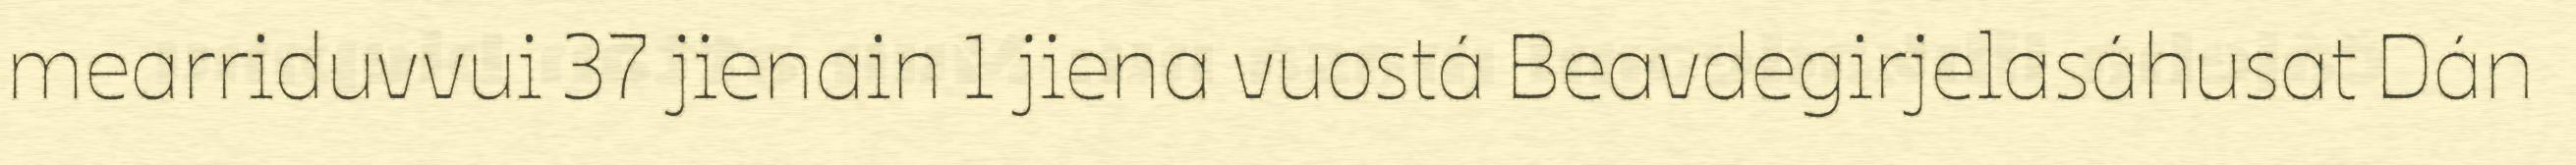
mearriduvvui 37 jienain 1 jiena vuostá Beavdegirjelasáhusat Dán